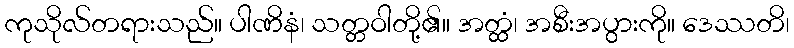
ကုသိုလ်တရားသည်။ ပါဏိနံ၊ သတ္တဝါတို့၏။ အတ္ထံ၊ အစီးအပွားကို။ ဒေဿတိ၊